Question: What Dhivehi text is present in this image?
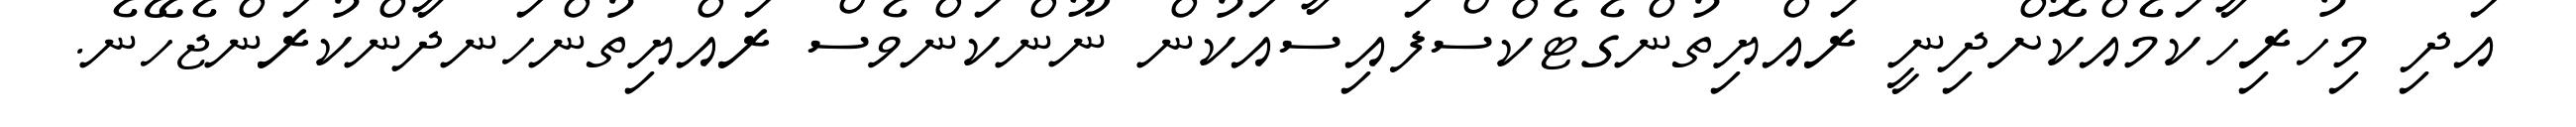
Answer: އަދި މިހުރިހާކަމެއްކޮށްދިނީ ރައްޔިތުންގެޓެކްސްފައިސާއަކުން ނޫންކަންވެސް ރައްޔިތުންހަނދާންކުރަންޖެހޭނެ.